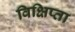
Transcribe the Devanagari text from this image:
विक्षिप्ता